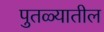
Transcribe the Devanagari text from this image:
पुतळ्यातील